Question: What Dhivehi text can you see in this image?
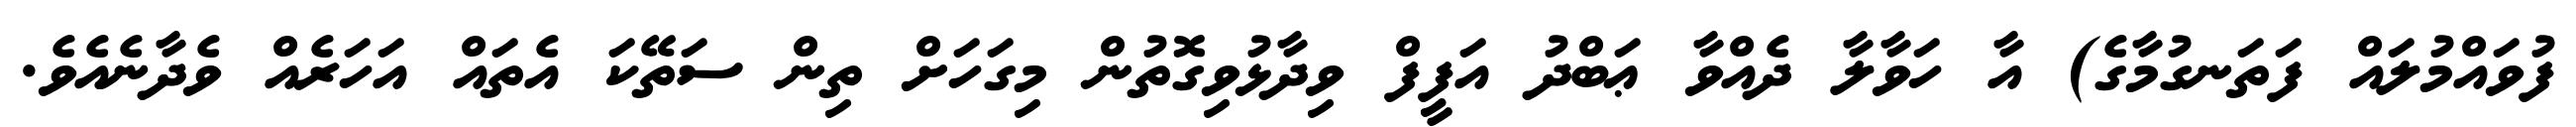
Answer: ފުވައްމުލައް ފަތަނގުމާގެ) އާ ހަވާލާ ދެއްވާ ޢަބްދު އަފީފް ވިދާޅުވިގޮތުން މިގަހަށް ތިން ސަތޭކަ އެތައް އަހަރެއް ވެދާނެއެވެ.